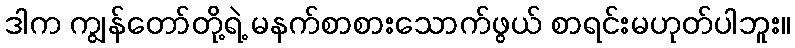
ဒါက ကျွန်တော်တို့ရဲ့ မနက်စာစားသောက်ဖွယ် စာရင်းမဟုတ်ပါဘူး။